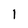
Character: 1